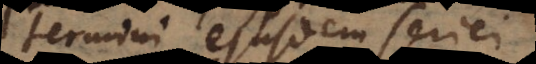
termini ejusdem seriei